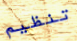
تنظيم